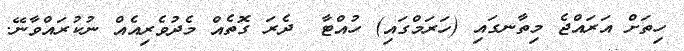
ހިތަށް އަރައްޖެ މިތާނގައި (ހަރަމްގައި) ހުއްޓާ  ދެރަ ގޮތެއް މެދުވެރިއެއް ނުކުރައްވާނޭ.